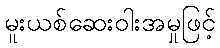
မူးယစ်ဆေးဝါးအမှုဖြင့်